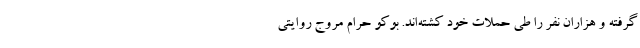
گرفته و هزاران نفر را طی حملات خود کشته‌اند. بوکو حرام مروج روایتی